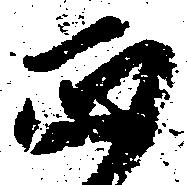
正